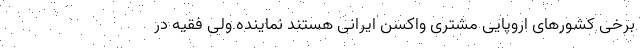
برخی کشورهای اروپایی مشتری واکسن ایرانی هستند نماینده ولی فقیه در